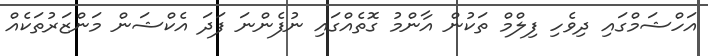
އަހްޝަމްގައި ދިވެހި ފިލްމް ތަކުން އާންމު ގޮތެއްގައި ނުފެންނަ ފަދަ އެކްޝަން މަންޒަރުތަކެއް